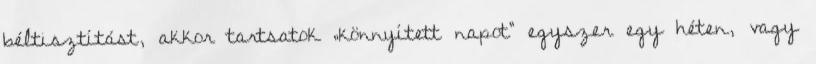
béltisztítást, akkor tartsatok „könnyített napot” egyszer egy héten, vagy